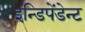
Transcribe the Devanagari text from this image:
इन्डिपेंडेन्ट